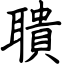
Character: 聵